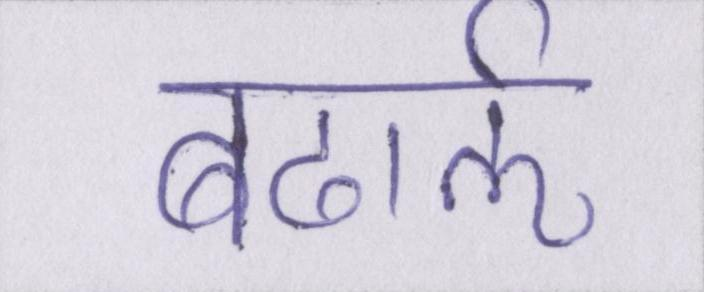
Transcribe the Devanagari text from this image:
बढार्ऌ